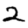
Digit: 2